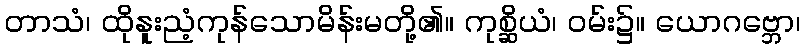
တာသံ၊ ထိုနူးညံ့ကုန်သောမိန်းမတို့၏။ ကုစ္ဆိယံ၊ ဝမ်း၌။ ယောဂဗ္ဘော၊